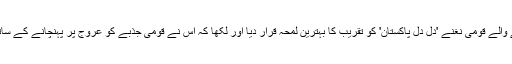
شائقین کرکٹ نے افتتاحی تقریب کے دوران بجنے والے قومی نغنے 'دل دل پاکستان' کو تقریب کا بہترین لمحہ قرار دیا اور لکھا کہ اس نے قومی جذبے کو عروج پر پہنچانے کے ساتھ ساتھ مرحوم جنید جمیشد کی یاد بھی تازہ کردی۔